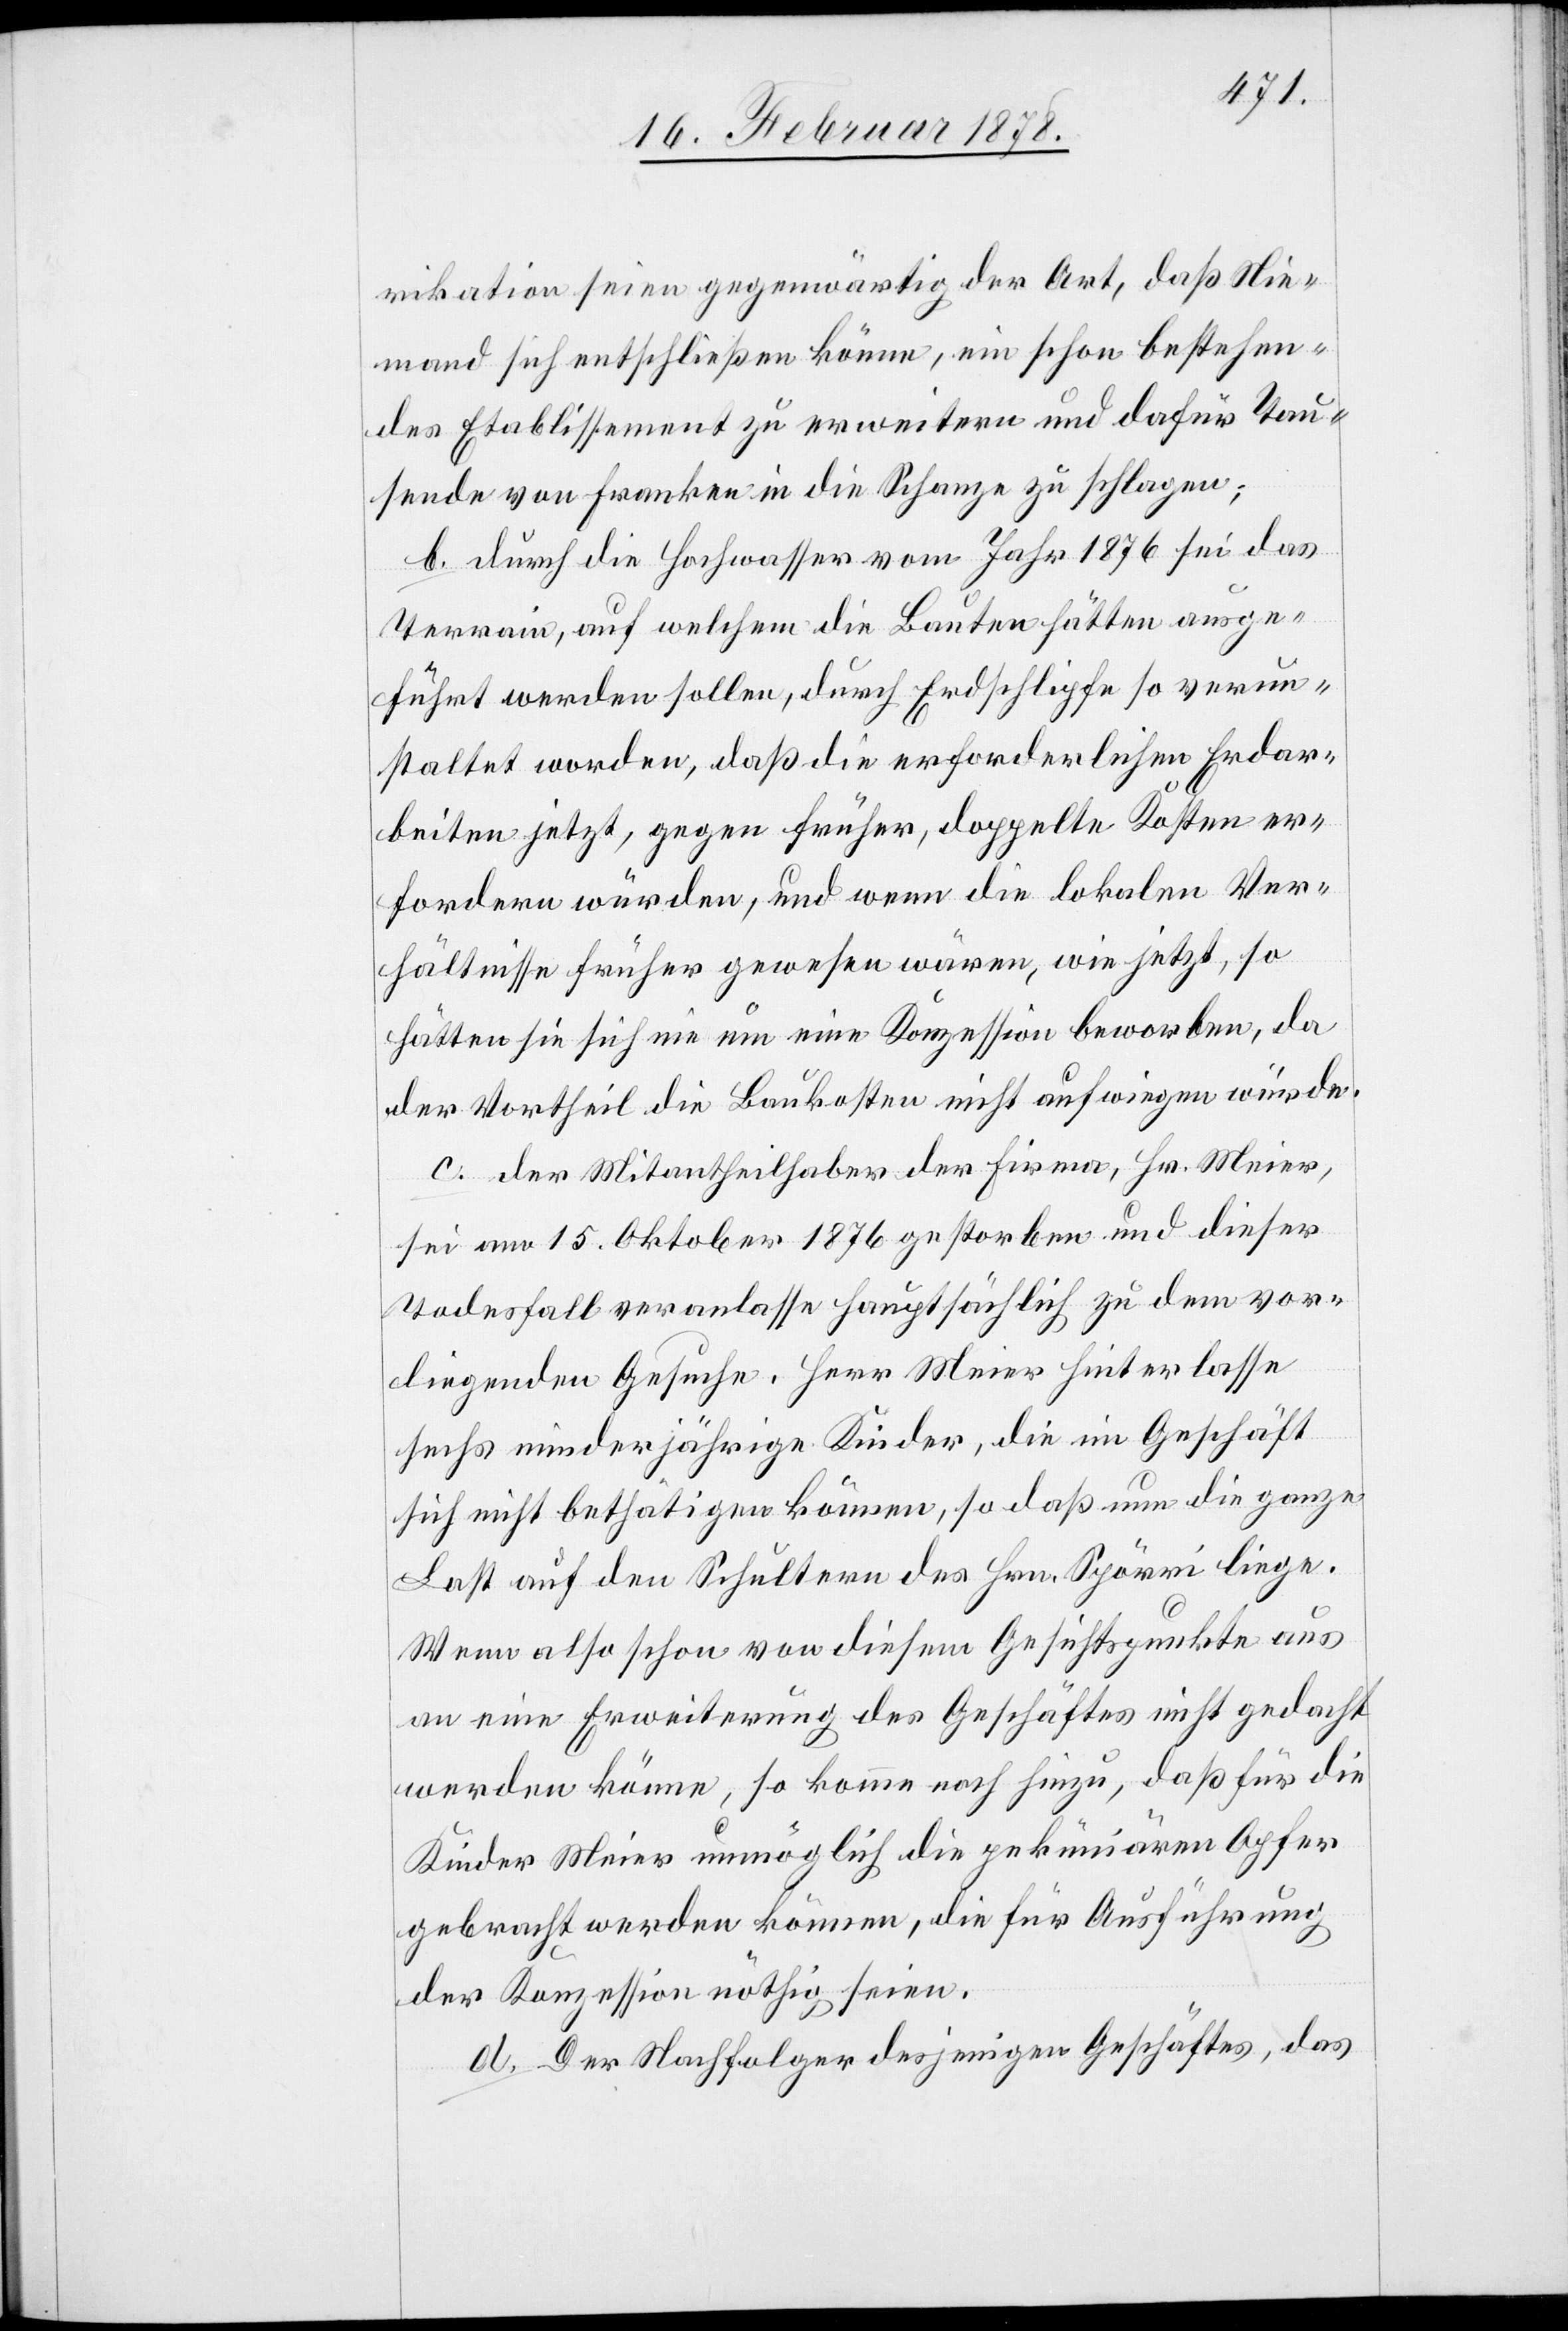
rikation seien gegenwärtig der Art, daß Nie¬
mand sich entschließen könne, ein schon bestehen¬
des Etablissement zu erweitern und dafür Tau¬
sende von Franken in die Schanze zu schlagen;
b. Durch die Hochwasser vom Jahr 1876 sei das
Terrain, auf welchem die Bauten hätten ausge¬
führt werden sollen, durch Erdschlipfe so verun¬
staltet worden, daß die erforderlichen Erdar¬
beiten jetzt, gegen früher, doppelte Kosten er¬
fordern würden, und wenn die lokalen Ver¬
hältnisse früher gewesen wären, wie jetzt, so
hätten sie sich nie um eine Konzession beworben, da
der Vortheil die Baukosten nicht aufwiegen würde.
c. Der Mitantheilhaber der Firma, Hr. Meier,
sei am 15. Oktober 1876 gestorben und dieser
Todesfall veranlasse hauptsächlich zu dem vor¬
liegenden Gesuche. Herr Meier hinterlasse
sechs minderjährige Kinder, die im Geschäft
sich nicht bethätigen können, so daß nun die ganze
Last auf den Schultern des Hrn. Spörri liege.
Wenn also schon von diesem Gesichtspunkte aus
an eine Erweiterung des Geschäftes nicht gedacht
werden könne, so komme noch hinzu, daß für die
Kinder Meier unmöglich die pekuniären Opfer
gebracht werden können, die für Ausführung
der Konzession nöthig seien.
d. Der Nachfolger desjenigen Geschäftes, das